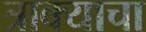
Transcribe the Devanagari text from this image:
त्राक्याचा